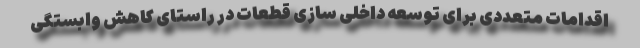
اقدامات متعددی برای توسعه داخلی سازی قطعات در راستای کاهش وابستگی